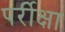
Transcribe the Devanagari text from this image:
पर्रीक्षा